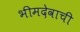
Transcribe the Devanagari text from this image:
भीमदेवाची